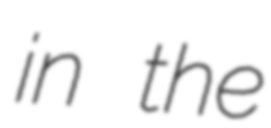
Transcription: in the